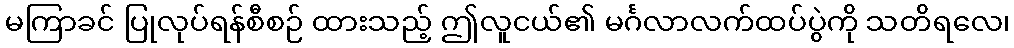
မကြာခင် ပြုလုပ်ရန်စီစဉ် ထားသည့် ဤလူငယ်၏ မင်္ဂလာလက်ထပ်ပွဲကို သတိရလေ၊